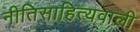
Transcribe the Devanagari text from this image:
नीतिसाहित्यवाली